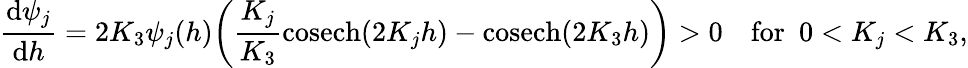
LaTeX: \frac{\mathrm{d}{\psi_{j}}}{\mathrm{d}{h}}=2K_{3}\psi_{j}(h)\bigg(\frac{K_{j}}{K_{3}}\mathrm{cosech}(2K_{j}h)-\mathrm{cosech}(2K_{3}h)\bigg)>0\quad\mathrm{for}\, \, \, 0<K_{j}<K_{3},